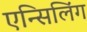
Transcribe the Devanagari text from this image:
एन्सिलिंग